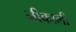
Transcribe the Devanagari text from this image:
नीकाली